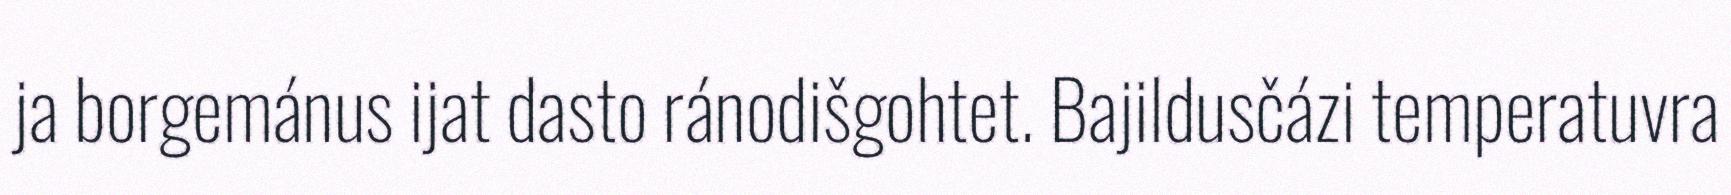
ja borgemánus ijat dasto ránodišgohtet. Bajildusčázi temperatuvra